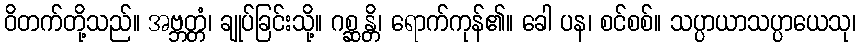
ဝိတက်တို့သည်။ အဗ္ဘတ္တံ၊ ချုပ်ခြင်းသို့။ ဂစ္ဆန္တိ၊ ရောက်ကုန်၏။ ခေါ ပန၊ စင်စစ်။ သပ္ပာယာသပ္ပာယေသု၊